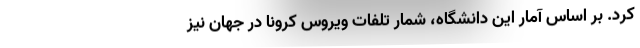
کرد. بر اساس آمار این دانشگاه، شمار تلفات ویروس کرونا در جهان نیز